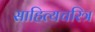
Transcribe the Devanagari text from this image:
साहित्यचरित्र